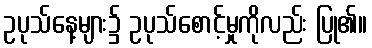
ဥပုသ်နေ့များ၌ ဥပုသ်စောင့်မှုကိုလည်း ပြု၏။